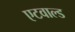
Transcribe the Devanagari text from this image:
एटवाल्ड